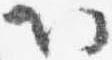
以